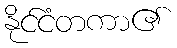
နိုင်ငံတကာ၏